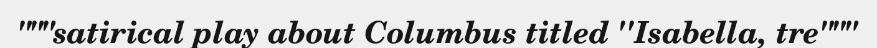
"""satirical play about Columbus titled ''Isabella, tre"""